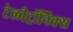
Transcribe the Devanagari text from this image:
टेलीट्रॉनिक्स